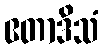
ဧတာဒိသံ